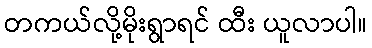
တကယ်လို့မိုးရွာရင် ထီး ယူလာပါ။